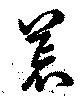
荒